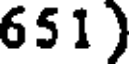
651)